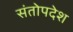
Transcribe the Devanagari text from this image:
संतोपदेश